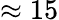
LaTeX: \approx 15